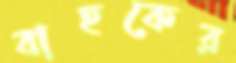
বাহকের